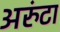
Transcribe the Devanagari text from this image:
अरुंटा